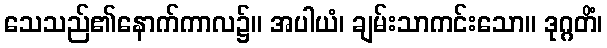
သေသည်၏နောက်ကာလ၌။ အပါယံ၊ ချမ်းသာကင်းသော။ ဒုဂ္ဂတိံ၊